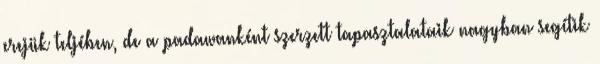
erejük teljében, de a padawanként szerzett tapasztalataik nagyban segítik